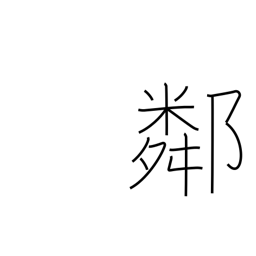
Meaning: neighborhood